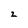
Character: z